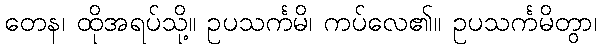
တေန၊ ထိုအရပ်သို့။ ဥပသင်္ကမိ၊ ကပ်လေ၏။ ဥပသင်္ကမိတွာ၊